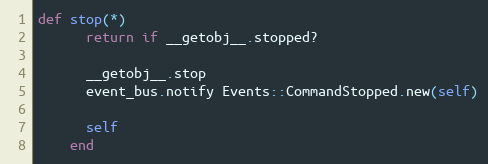
Language: Ruby
def stop(*)
      return if __getobj__.stopped?

      __getobj__.stop
      event_bus.notify Events::CommandStopped.new(self)

      self
    end